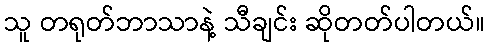
သူ တရုတ်ဘာသာနဲ့ သီချင်း ဆိုတတ်ပါတယ်။